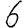
Digit: 6